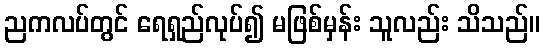
ညကလပ်တွင် ရေရှည်လုပ်၍ မဖြစ်မှန်း သူလည်း သိသည်။